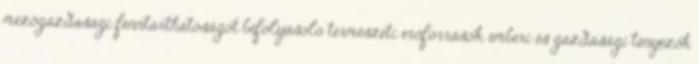
mezőgazdasági fenntarthatóságot befolyásoló természeti erőforrások, emberi és gazdasági tényezők